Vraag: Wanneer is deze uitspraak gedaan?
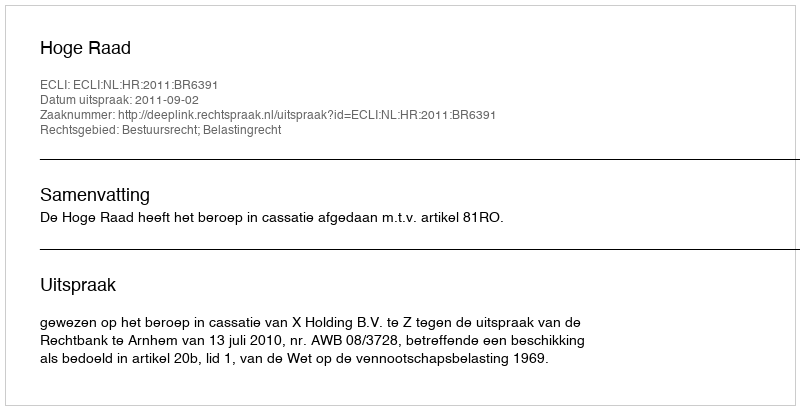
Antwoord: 2011-09-02